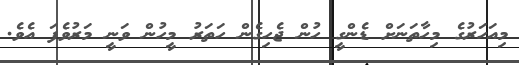
މިއަހަރުގެ މިހާތަނަށް ޑެންގީ ހުން ޖެހިގެން ހަތަރު މީހުން ވަނީ މަރުވެފަ އެވެ.